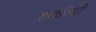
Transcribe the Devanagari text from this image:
शब्दसिद्धी